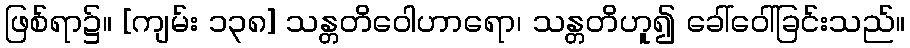
ဖြစ်ရာ၌။ [ကျမ်း ၁၃၈] သန္တတိဝေါဟာရော၊ သန္တတိဟူ၍ ခေါ်ဝေါ်ခြင်းသည်။